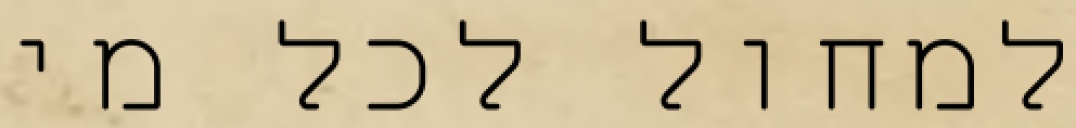
למחול לכל מי